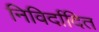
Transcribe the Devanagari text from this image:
निविर्दादित